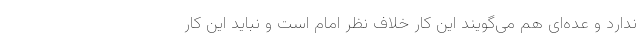
ندارد و عده‌ای هم می‌گویند این کار خلاف نظر امام است و نباید این کار